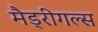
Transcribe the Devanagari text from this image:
मैड्रीगल्स